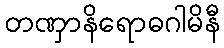
တဏှာနိရောဓဂါမိနီ